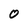
Character: O